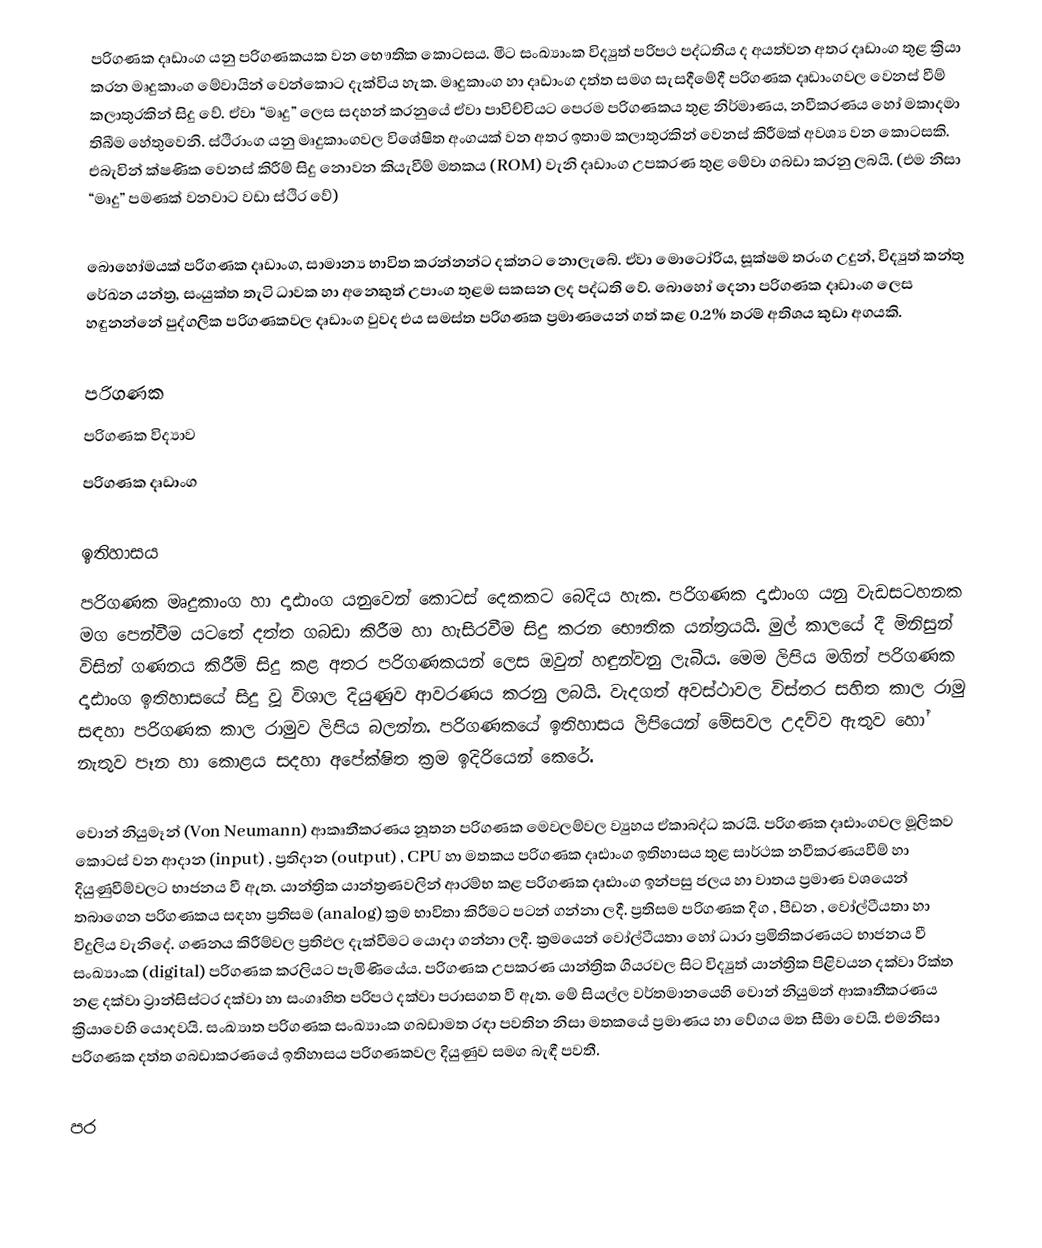
පරිගණක දෘඩාංග යනු පරිගණකයක වන භෞතික කොටසය. මීට සංඛ්‍යාංක විද්‍යුත් පරිපථ පද්ධතිය ද අයත්වන අතර දෘඩාංග තුළ ක්‍රියා කරන මෘදුකාංග මේවායින් වෙන්කොට දැක්විය හැක. මෘදුකාංග හා දෘඩාංග දත්ත සමග සැසදීමේදී පරිගණක දෘඩාංගවල වෙනස් වීම් කලාතුරකින් සිදු වේ. ඒවා “මෘදු” ලෙස සදහන් කරනුයේ ඒවා පාවිච්චියට පෙරම පරිගණකය තුළ නිර්මාණය, නවීකරණය හෝ මකාදමා තිබීම හේතුවෙනි. ස්ථිරාංග යනු මෘදුකාංගවල විශේෂිත අංගයක් වන අතර ඉතාම කලාතුරකින් වෙනස් කිරීමක් අවශ්‍ය වන කොටසකි. එබැවින් ක්ෂණික වෙනස් කිරීම් සිදු නොවන කියැවීම් මතකය (ROM) වැනි දෘඩාංග උපකරණ තුළ මේවා ගබඩා කරනු ලබයි. (එම නිසා “මෘදු” පමණක් වනවාට වඩා ස්ථිර වේ)

බොහෝමයක් පරිගණක දෘඩාංග, සාමාන්‍ය භාවිත කරන්නන්ට දක්නට නොලැබේ. ඒවා මොටෝරිය, සූක්ෂම තරංග උදුන්, විද්‍යුත් කන්තු රේඛන යන්ත්‍ර, සංයුක්ත තැටි ධාවක හා අනෙකුත් උපාංග තුළම සකසන ලද පද්ධති වේ. බොහෝ දෙනා පරිගණක දෘඩාංග ලෙස හඳුනන්නේ පුද්ගලික පරිගණකවල දෘඩාංග වුවද එය සමස්ත පරිගණක ප්‍රමාණයෙන් ගත් කළ 0.2% තරම් අතිශය කුඩා අගයකි.

පරිගණක
පරිගණක විද්‍යාව
පරිගණක දෘඩාංග

ඉතිහාසය
පරිගණක මෘදුකාංග හා දෘඪාංග යනුවෙන් කොටස් දෙකකට බෙදිය හැක. පරිගණක දෘඪාංග යනු වැඩසටහනක මග පෙන්වීම යටතේ දත්ත ගබඩා කිරීම හා හැසිරවීම සිදු කරන භෞතික යන්ත්‍රයයි. මුල් කාලයේ දී මිනිසුන් විසින් ගණනය කිරීම් සිදු කළ අතර පරිගණකයන් ලෙස ඔවුන් හඳුන්වනු ලැබීය. මෙම ලිපිය මගින් පරිගණක දෘඪාංග ඉතිහාසයේ සිදු වූ විශාල දියුණුව ආවරණය කරනු ලබයි. වැදගත් අවස්ථාවල විස්තර සහිත කාල රාමු සඳහා පරිගණක කාල රාමුව ලිපිය බලන්න. පරිගණකයේ ඉතිහාසය ලිපියෙන් මේසවල උදව්ව ඇතුව හෝ නැතුව පෑන හා කොළය සදහා අපේක්ෂිත ක්‍රම ඉදිරියෙන් කෙරේ.

වොන් නියුමෑන් (Von Neumann) ආකෘතීකරණය නූතන පරිගණක මෙවලම්වල ව්‍යුහය ඒකාබද්ධ කරයි. පරිගණක දෘඪාංගවල මූලිකව කොටස් වන ආදාන (input) , ප්‍රතිදාන (output) , CPU හා මතකය පරිගණක දෘඪාංග ඉතිහාසය තුළ සාර්ථක නවීකරණයවීම් හා දියුණුවීම්වලට භාජනය වී ඇත. යාන්ත්‍රික යාන්ත්‍රණවලින් ආරම්භ කළ පරිගණක දෘඪාංග ඉන්පසු ජලය හා වාතය ප්‍රමාණ වශයෙන් තබාගෙන පරිගණකය සඳහා ප්‍රතිසම (analog) ක්‍රම භාවිතා කිරීමට පටන් ගන්නා ලදී. ප්‍රතිසම පරිගණක දිග , පීඩන , වෝල්ටීයතා හා විදුලිය වැනිදේ. ගණනය කිරීම්වල ප්‍රතිඵල දැක්වීමට යොදා ගන්නා ලදී. ක්‍රමයෙන් වෝල්ටීයතා හෝ ධාරා ප්‍රමිතිකරණයට භාජනය වී සංඛ්‍යාංක (digital) පරිගණක කරලියට පැමි‍ණියේය. පරිගණක උපකරණ යාන්ත්‍රික ගියරවල සිට විද්‍යුත් යාන්ත්‍රික පිළිවයන දක්වා රික්ත නළ දක්වා ට්‍රාන්සිස්ටර දක්වා හා සංගෘහිත පරිපථ දක්වා පරාසගත වී ඇත. මේ සියල්ල වර්තමානයෙහි වොන් නියුමන් ආකෘතීකරණය ක්‍රියාවෙහි යොදවයි. සංඛ්‍යාත පරිගණක සංඛ්‍යාංක ගබඩාමත රඳා පවතින නිසා මතකයේ ප්‍රමාණය හා වේගය මත සීමා වෙයි. එමනිසා පරිගණක දත්ත ගබඩාකරණයේ ඉතිහාසය පරිගණකවල දියුණුව සමග බැඳී පවතී.

පර